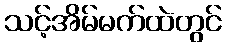
သင့်အိမ်မက်ထဲတွင်